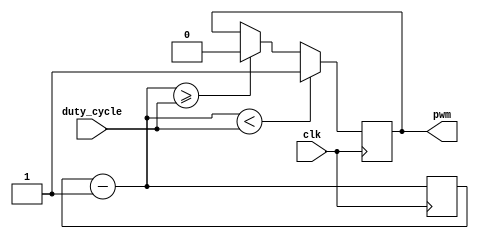
/*****************************************************************************
* PWM generating module, uses duty cycle value from duty_cycle module
******************************************************************************/
module pwm_ger (
	input    	clk, 
	input [3:0]	duty_cycle, 
	output reg	pwm
);

reg [3:0]	count;

initial 
begin
	count=4'b1111;
	pwm=1'b0;
	
end

always @(posedge clk)
begin
	count = count - 1'b1;
	if (count < duty_cycle) 
		begin 
			pwm = 1'b1;
		end
	else if (count >= duty_cycle)
		begin
			pwm = 1'b0;
		end
end

endmodule